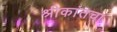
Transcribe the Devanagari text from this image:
श्रीकांतचा